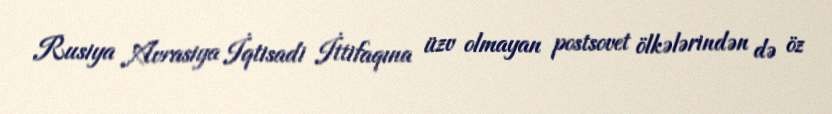
Rusiya Avrasiya İqtisadi İttifaqına üzv olmayan postsovet ölkələrindən də öz